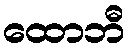
ထောဘီ